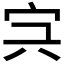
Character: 𡧐